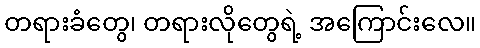
တရားခံတွေ၊ တရားလိုတွေရဲ့ အကြောင်းလေ။